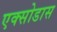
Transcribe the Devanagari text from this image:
एक्सोडास